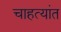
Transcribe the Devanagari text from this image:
चाहत्यांत